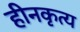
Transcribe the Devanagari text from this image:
हीनकृत्य